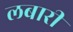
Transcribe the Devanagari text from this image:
लबारी